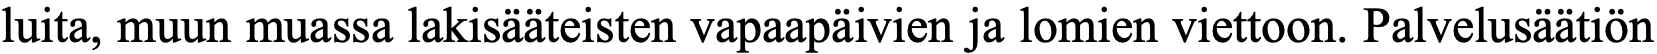
luita, muun muassa lakisääteisten vapaapäivien ja lomien viettoon. Palvelusäätiön